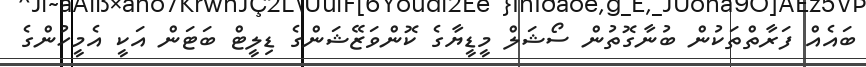
ބައެއް ފަރާތްތަކުން ބުނާގޮތުން ސޯޝަލް މީޑީޔާގެ ކޮންވަޒޭޝަންގެ ޑިލީޓް ބަޓަން އަކީ އެމީހުންްގެ